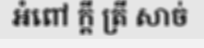
អំពៅ ក្តី ត្រី សាច់